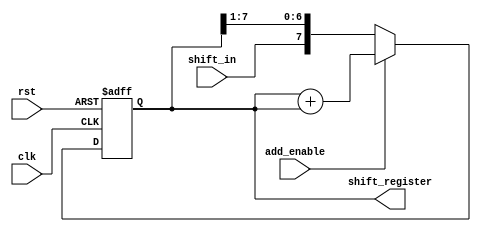
module ShiftAndAdd(
    input wire clk,
    input wire rst,
    input wire shift_in,
    input wire add_enable,
    output reg [7:0] shift_register
);

reg [7:0] temp_register;

always @(posedge clk or posedge rst) begin
    if (rst) begin
        temp_register <= 8'h00;
    end else if (add_enable) begin
        temp_register <= temp_register + shift_register;
    end else begin
        temp_register <= {shift_in, temp_register[7:1]};
    end
end

assign shift_register = temp_register;

endmodule